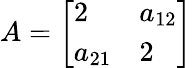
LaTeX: A=\left[{\begin{array}{ll}{2}&{a_{12}}\\ {a_{21}}&{2}\end{array}}\right]